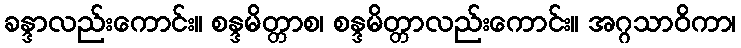
ခန္ဒာလည်းကောင်း။ စန္ဒမိတ္တာစ၊ စန္ဒမိတ္တာလည်းကောင်း။ အဂ္ဂသာဝိကာ၊